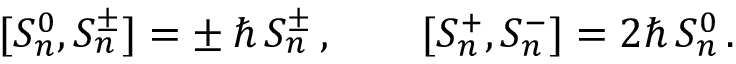
[ S _ { n } ^ { 0 } , S _ { n } ^ { \pm } ] = \pm \, \hbar \, S _ { n } ^ { \pm } \, , \qquad [ S _ { n } ^ { + } , S _ { n } ^ { - } ] = 2 \hbar \, S _ { n } ^ { 0 } \, .